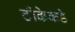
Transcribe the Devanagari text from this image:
टीकेकडे